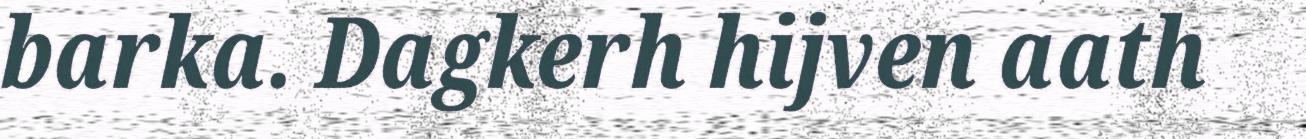
barka. Dagkerh hijven aath